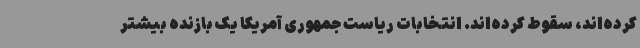
کرده‌اند، سقوط کرده‌اند. انتخابات ریاست جمهوری آمریکا یک بازنده بیشتر